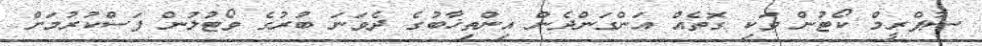
ސުޕްރީމް ކޯޓުން ވަކި ގޮތެއް އަންގަންދެން އިންތިޚާބުގެ ދެވަނަ ބުރުގެ ވޯޓުލުން ފަސްކުރުމަށް